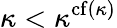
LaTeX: \kappa<\kappa^{\operatorname{cf}(\kappa)}